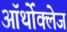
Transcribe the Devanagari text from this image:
ऑर्थोक्लेज